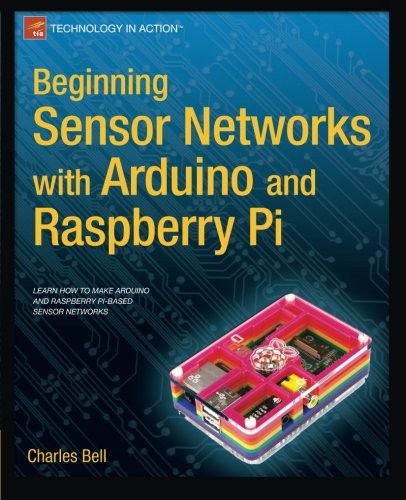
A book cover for Beginning Sensor Networks with Arduino and Raspberry Pi (Technology in Action); Charles Bell; Computers & Technology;